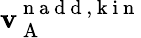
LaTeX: \mathbf{v}_{\mathrm{{~A~}}}^{\mathrm{{~n~a~d~d~,~k~i~n~}}}